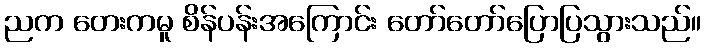
ညက တေးကမူ စိန်ပန်းအကြောင်း တော်တော်ပြောပြသွားသည်။